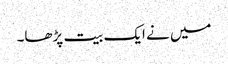
میں نے ایک بیت پڑھا۔